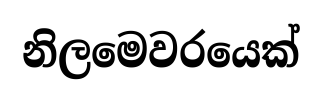
නිලමෙවරයෙක්